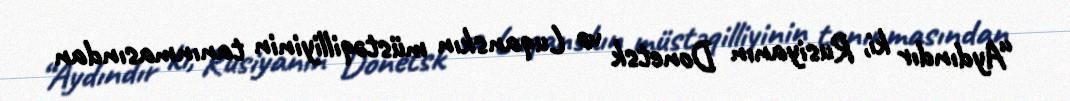
“Aydındır ki, Rusiyanın Donetsk və Luqanskın müstəqilliyinin tanınmasından